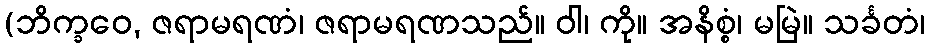
(ဘိက္ခဝေ, ဇရာမရဏံ၊ ဇရာမရဏသည်။ ဝါ၊ ကို။ အနိစ္စံ၊ မမြဲ။ သင်္ခတံ၊